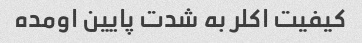
کیفیت اکلر به شدت پایین اومده